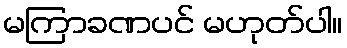
မကြာခဏပင် မဟုတ်ပါ။